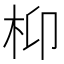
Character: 枊